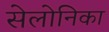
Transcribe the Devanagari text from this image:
सेलोनिका